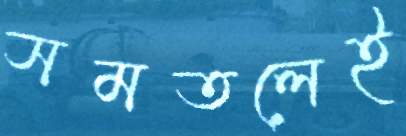
সমতলেই